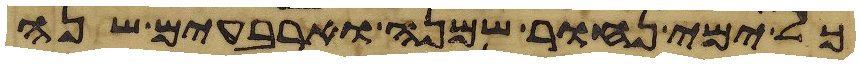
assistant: כל ימי נחור שמנה וארבעים שנה